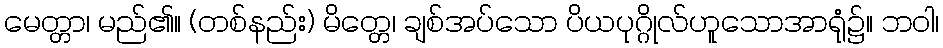
မေတ္တာ၊ မည်၏။ (တစ်နည်း) မိတ္တေ၊ ချစ်အပ်သော ပိယပုဂ္ဂိုလ်ဟူသောအာရုံ၌။ ဘဝါ၊